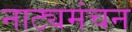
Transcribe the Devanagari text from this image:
नाट्यमंचन